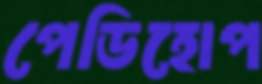
পেডিহোপ